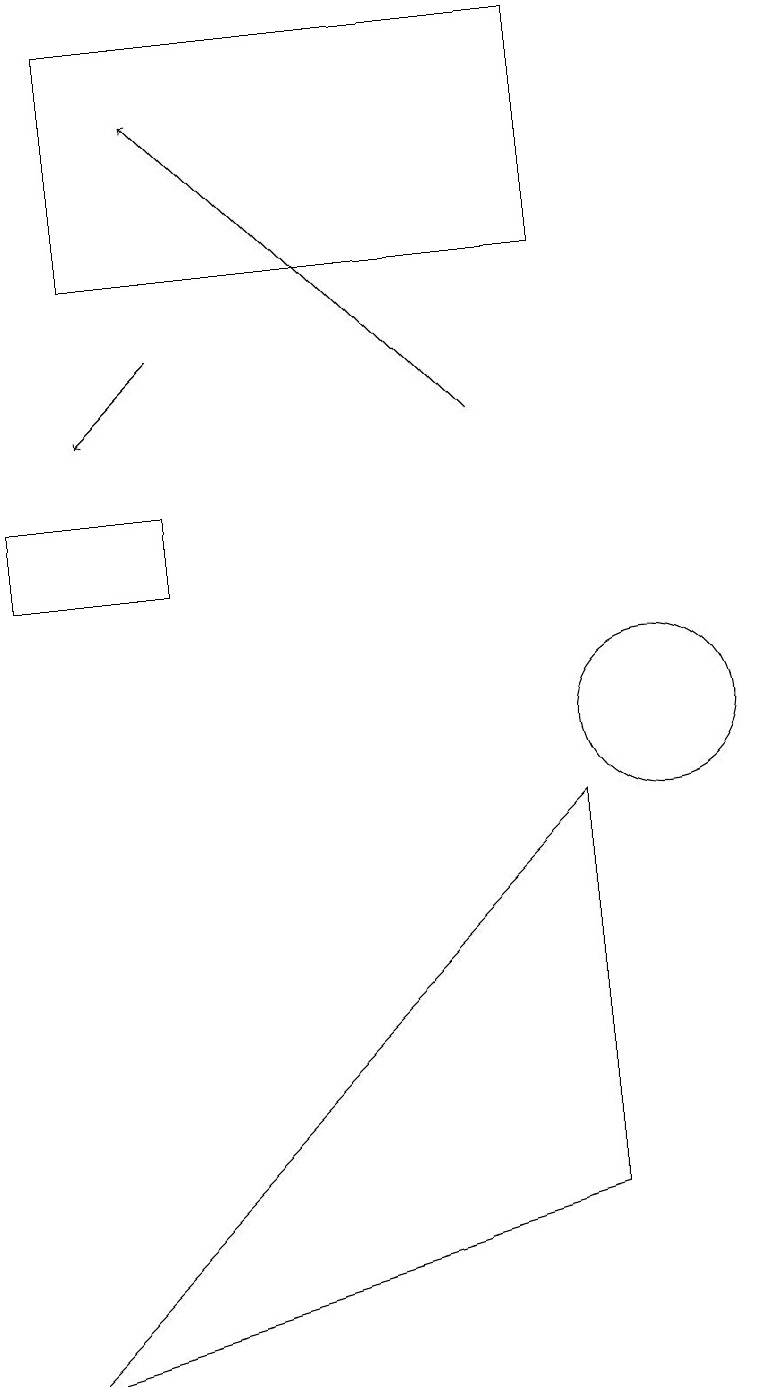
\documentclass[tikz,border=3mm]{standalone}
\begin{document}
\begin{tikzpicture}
\draw[->] (4,15) -- (3,14);
\draw (9,16) rectangle (3,19);
\draw (10,10) circle (1);
\draw[->] (8,14) -- (4,18);
\draw (9,4) -- (9,9) -- (2,2) -- cycle;
\draw (2,12) rectangle (4,13);
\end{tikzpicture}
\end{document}